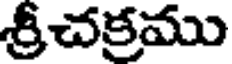
శ్రీచక్రము